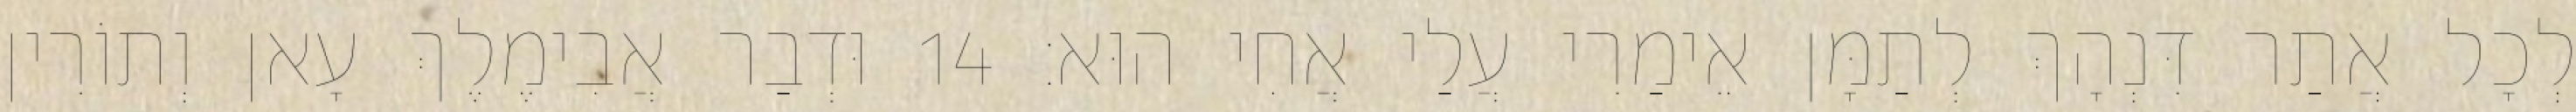
לְכָל אֲתַר דִּנְהָךְ לְתַמָּן אֵימַרִי עֲלַי אֲחִי הוּא׃ 14 וּדְבַר אֲבִימֶלֶךְ עָאן וְתוֹרִין